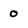
Character: o